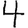
Digit: 4